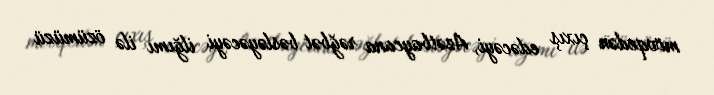
mövqedən çıxış edəcəyi, Azətbaycana rəğbət bəsləyəcəyi ilğımı ilə özümüzü